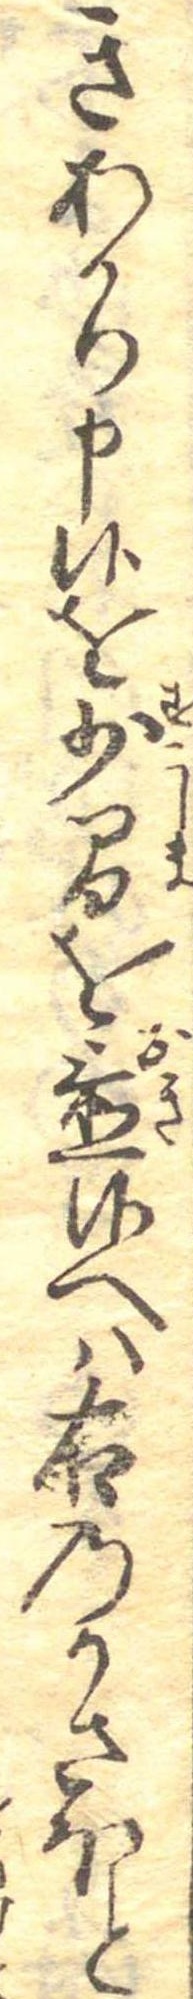
きあかり申候を少間を置候へは右のかさほと